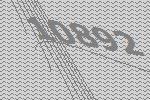
10892